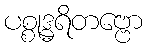
ပစ္စုဒ္ဓရိတဗ္ဗော